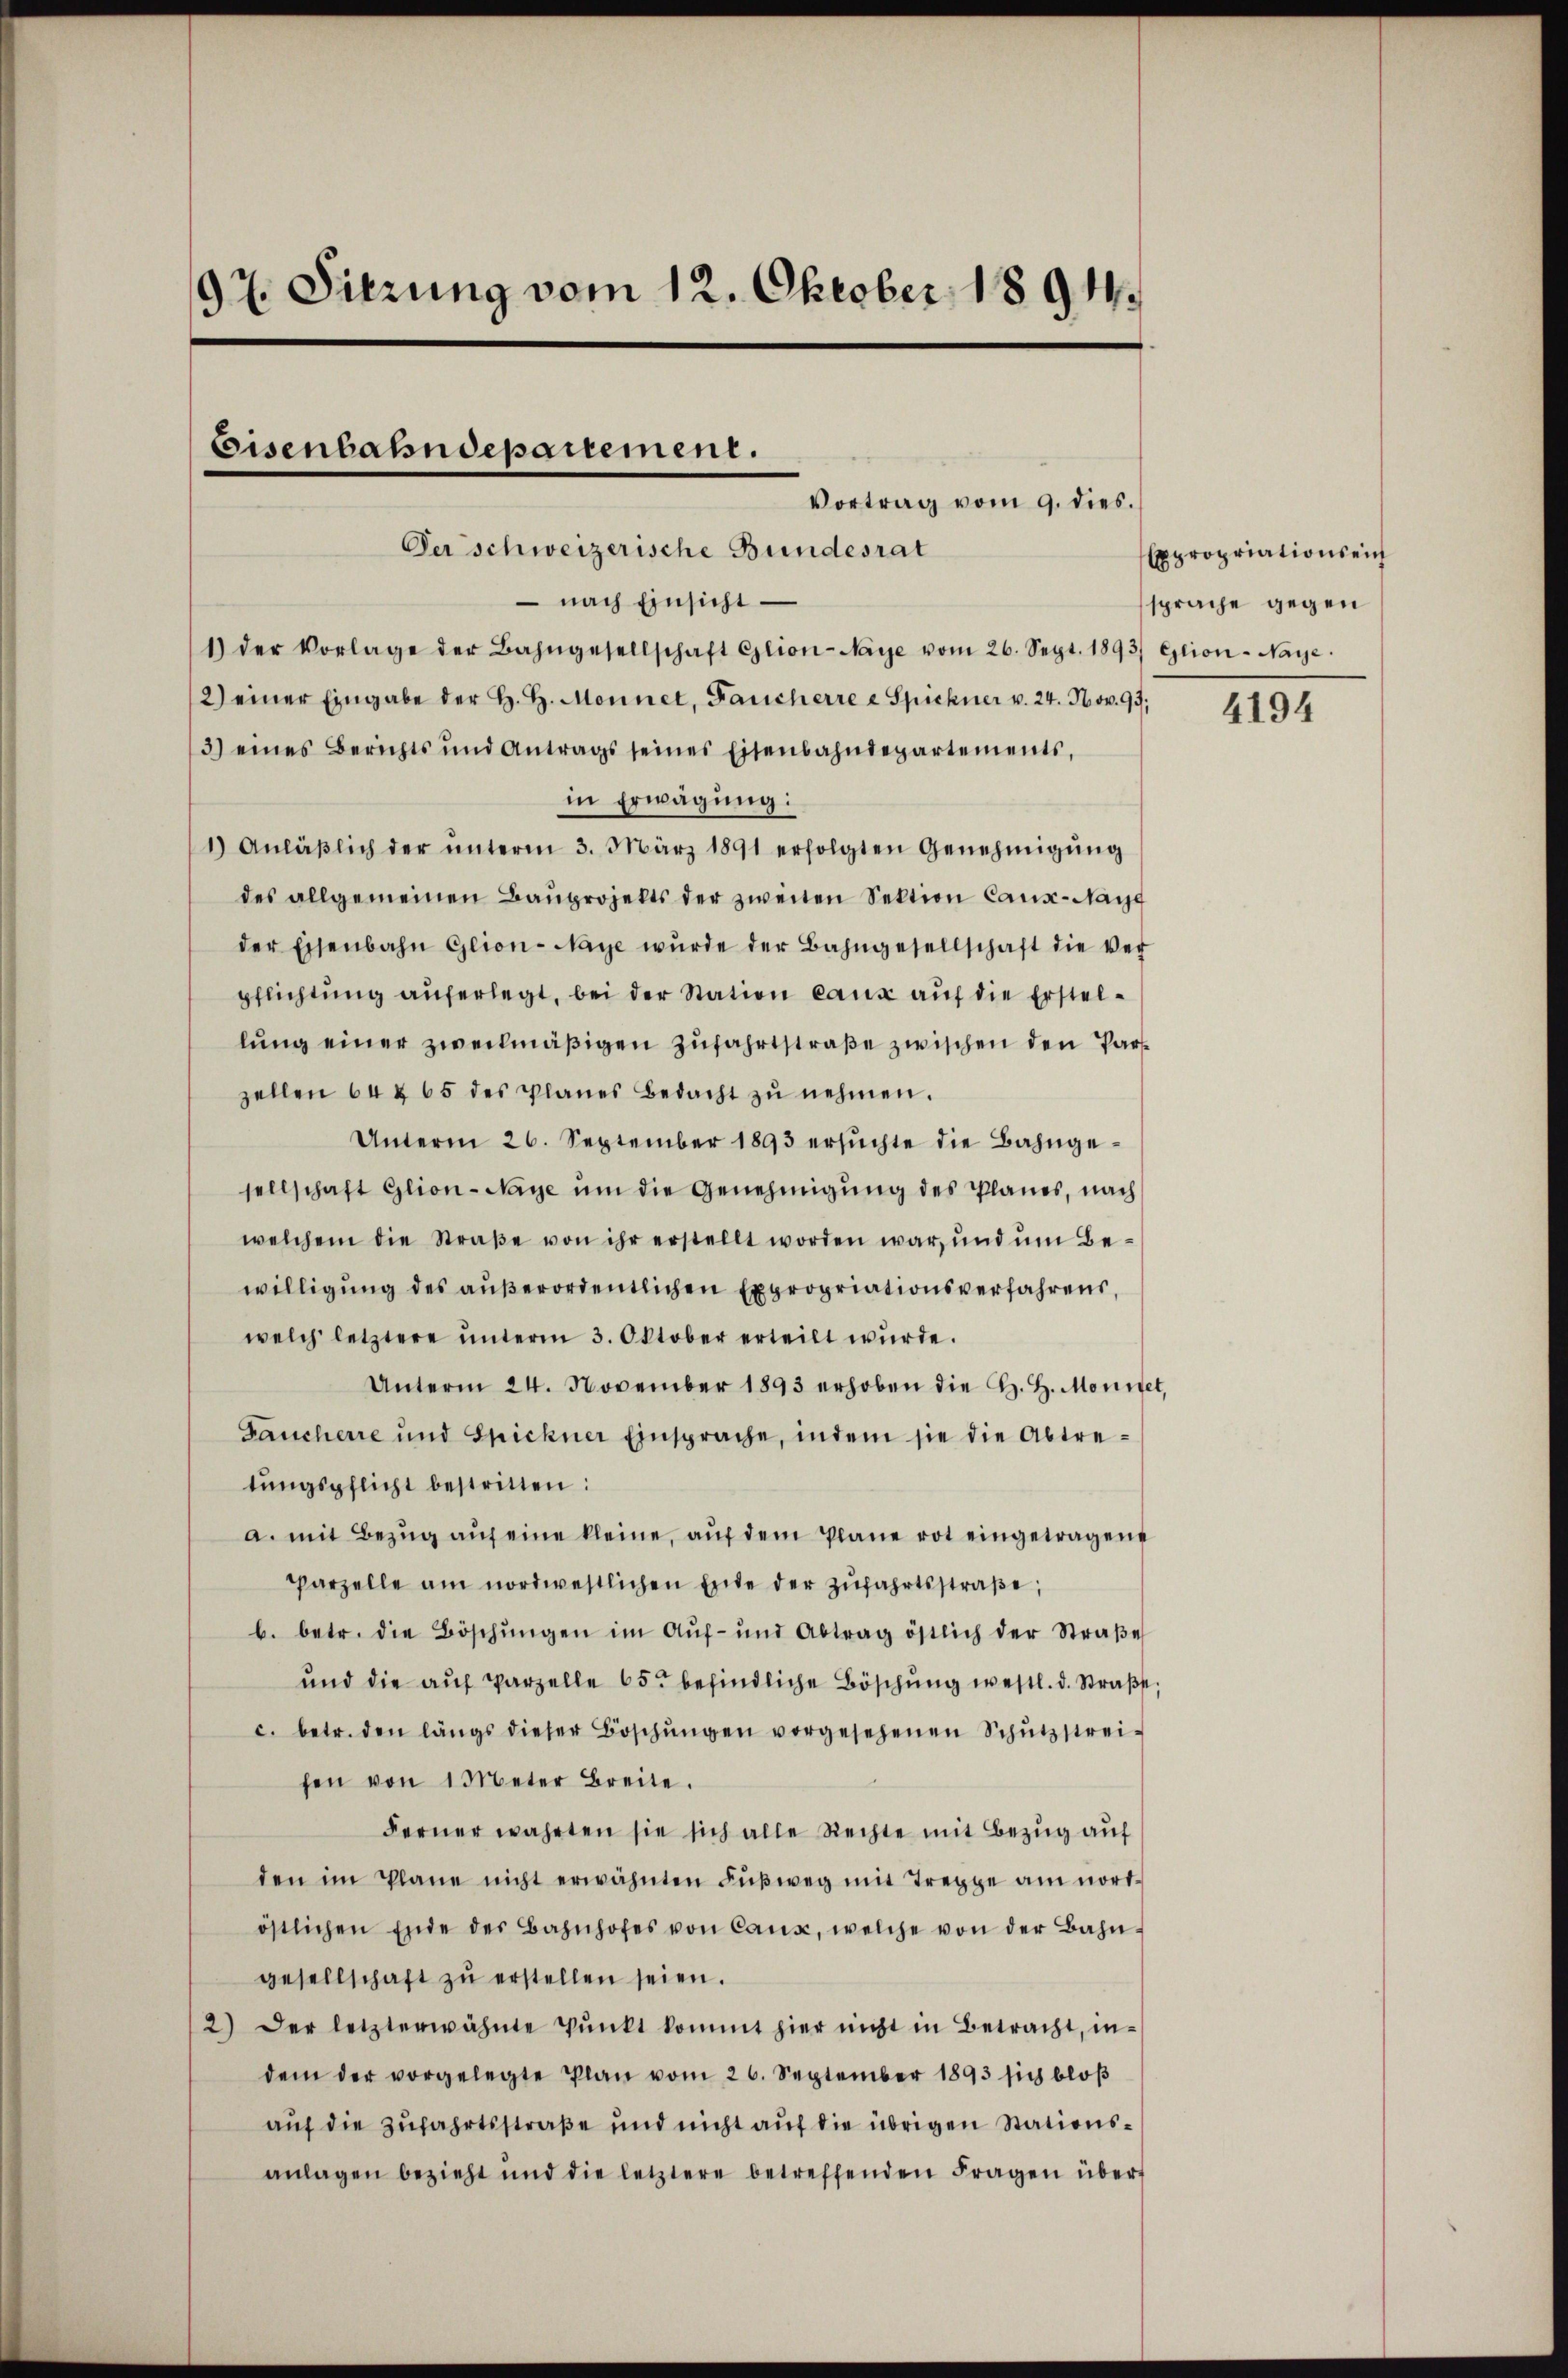
97. Sitzung vom 12. Oktober 1891.

Eisenbahndepartement.
Vortrag vom 9. dies.
Der schweizerische Bundesrat

nach Einsicht
1) der Vorlage der Bahngesellschaft Glion-Naye vom 26. Sept. 1893/ Eglion-Naye.
2) einer Eingabe der H. H. Monnet, Fancherre a Spickner v. 24. Nov. 99.
3) eines Berichts und Antrags seines Eisenbahndepartements,
in Erwägung:
1) Anläβlich der ŭnterm 3. März 1891 erfolgten Genehmigŭng
des allgemeinen Bauprojekts der zweiten Sektion Caux-Nayg
der Eisenbahn Glion-Naye wŭrde der Bahngesellschaft die ver-
pflichtung auferlegt, bei der Station eaux auf die Erstellung einer zweckmäßigen Zufahrtstraße zwischen den Parzellen 64 § 65 des Planes Bedacht zŭ nehmen.
Unterm 26. September 1893 ersŭchte die Bahngesellschaft Glion-Naye ŭm die Genehmigŭng des Planes, nach
welchem die Straβe von ihr erstellt worden war, und um Bewilligung des außerordentlichen Expropriationsverfahrens,
welch letztere ŭnterm 3. Oktober erteilt wurde.
Unterm 24. November 1893 erhoben die K. H. Monitet,
Gaucherre und Spickner Einsprache, indem sie die Abtretŭngspflicht bestritten:
a. mit Bezŭg aŭf eine kleine, aŭf dem Plane rot eingetragene
Parzelle am nordwestlichen Ende der Zŭfahrtsstraβe,
b. betr. die Böschŭngen im Auf- und Abtrag östlich der Straβe
ŭnd die aŭf Parzelle 65 befindliche Böschŭng westl. d. Straβt,
c. betr. den längs dieser Böschŭngen vorgesehenen Schŭtzstrei-
hen von 1 Meter Breite.
Fernerwahrten sie sich alle Rechte mit Bezŭg aŭf
den im Plane nicht erwähnten Fußweg mit Treppe am nordöstlichen Ende der Bahnhofes von Caux, welche von der Bahn-
gesellschaft zŭ erstellen seien.
2) Der letzterwähnte Pŭnkt kommt hier nicht in Betracht, in-
dem der vorgelegte Plan vom 26. September 1893 sich bloß
auf die Zufahrtsstraße und nicht auf die übrigen Stationsanlagen bezieht und die letztere betreffenden Fragen über

Expropriationsein
sprache gegen

4194